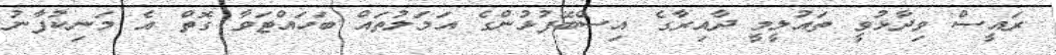
ރައީސް ވިދާޅުވީ ތައުލީމީ ދާއިރާގެ އިސްބޭފުޅުންގެ އަމަލުތައް ބަހައްޓަވާ ގޮތް އެ މަނިކުފާނު